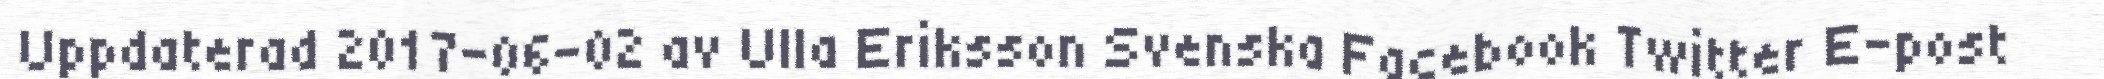
Uppdaterad 2017-06-02 av Ulla Eriksson Svenska Facebook Twitter E-post